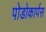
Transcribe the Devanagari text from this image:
पोडोकार्पस